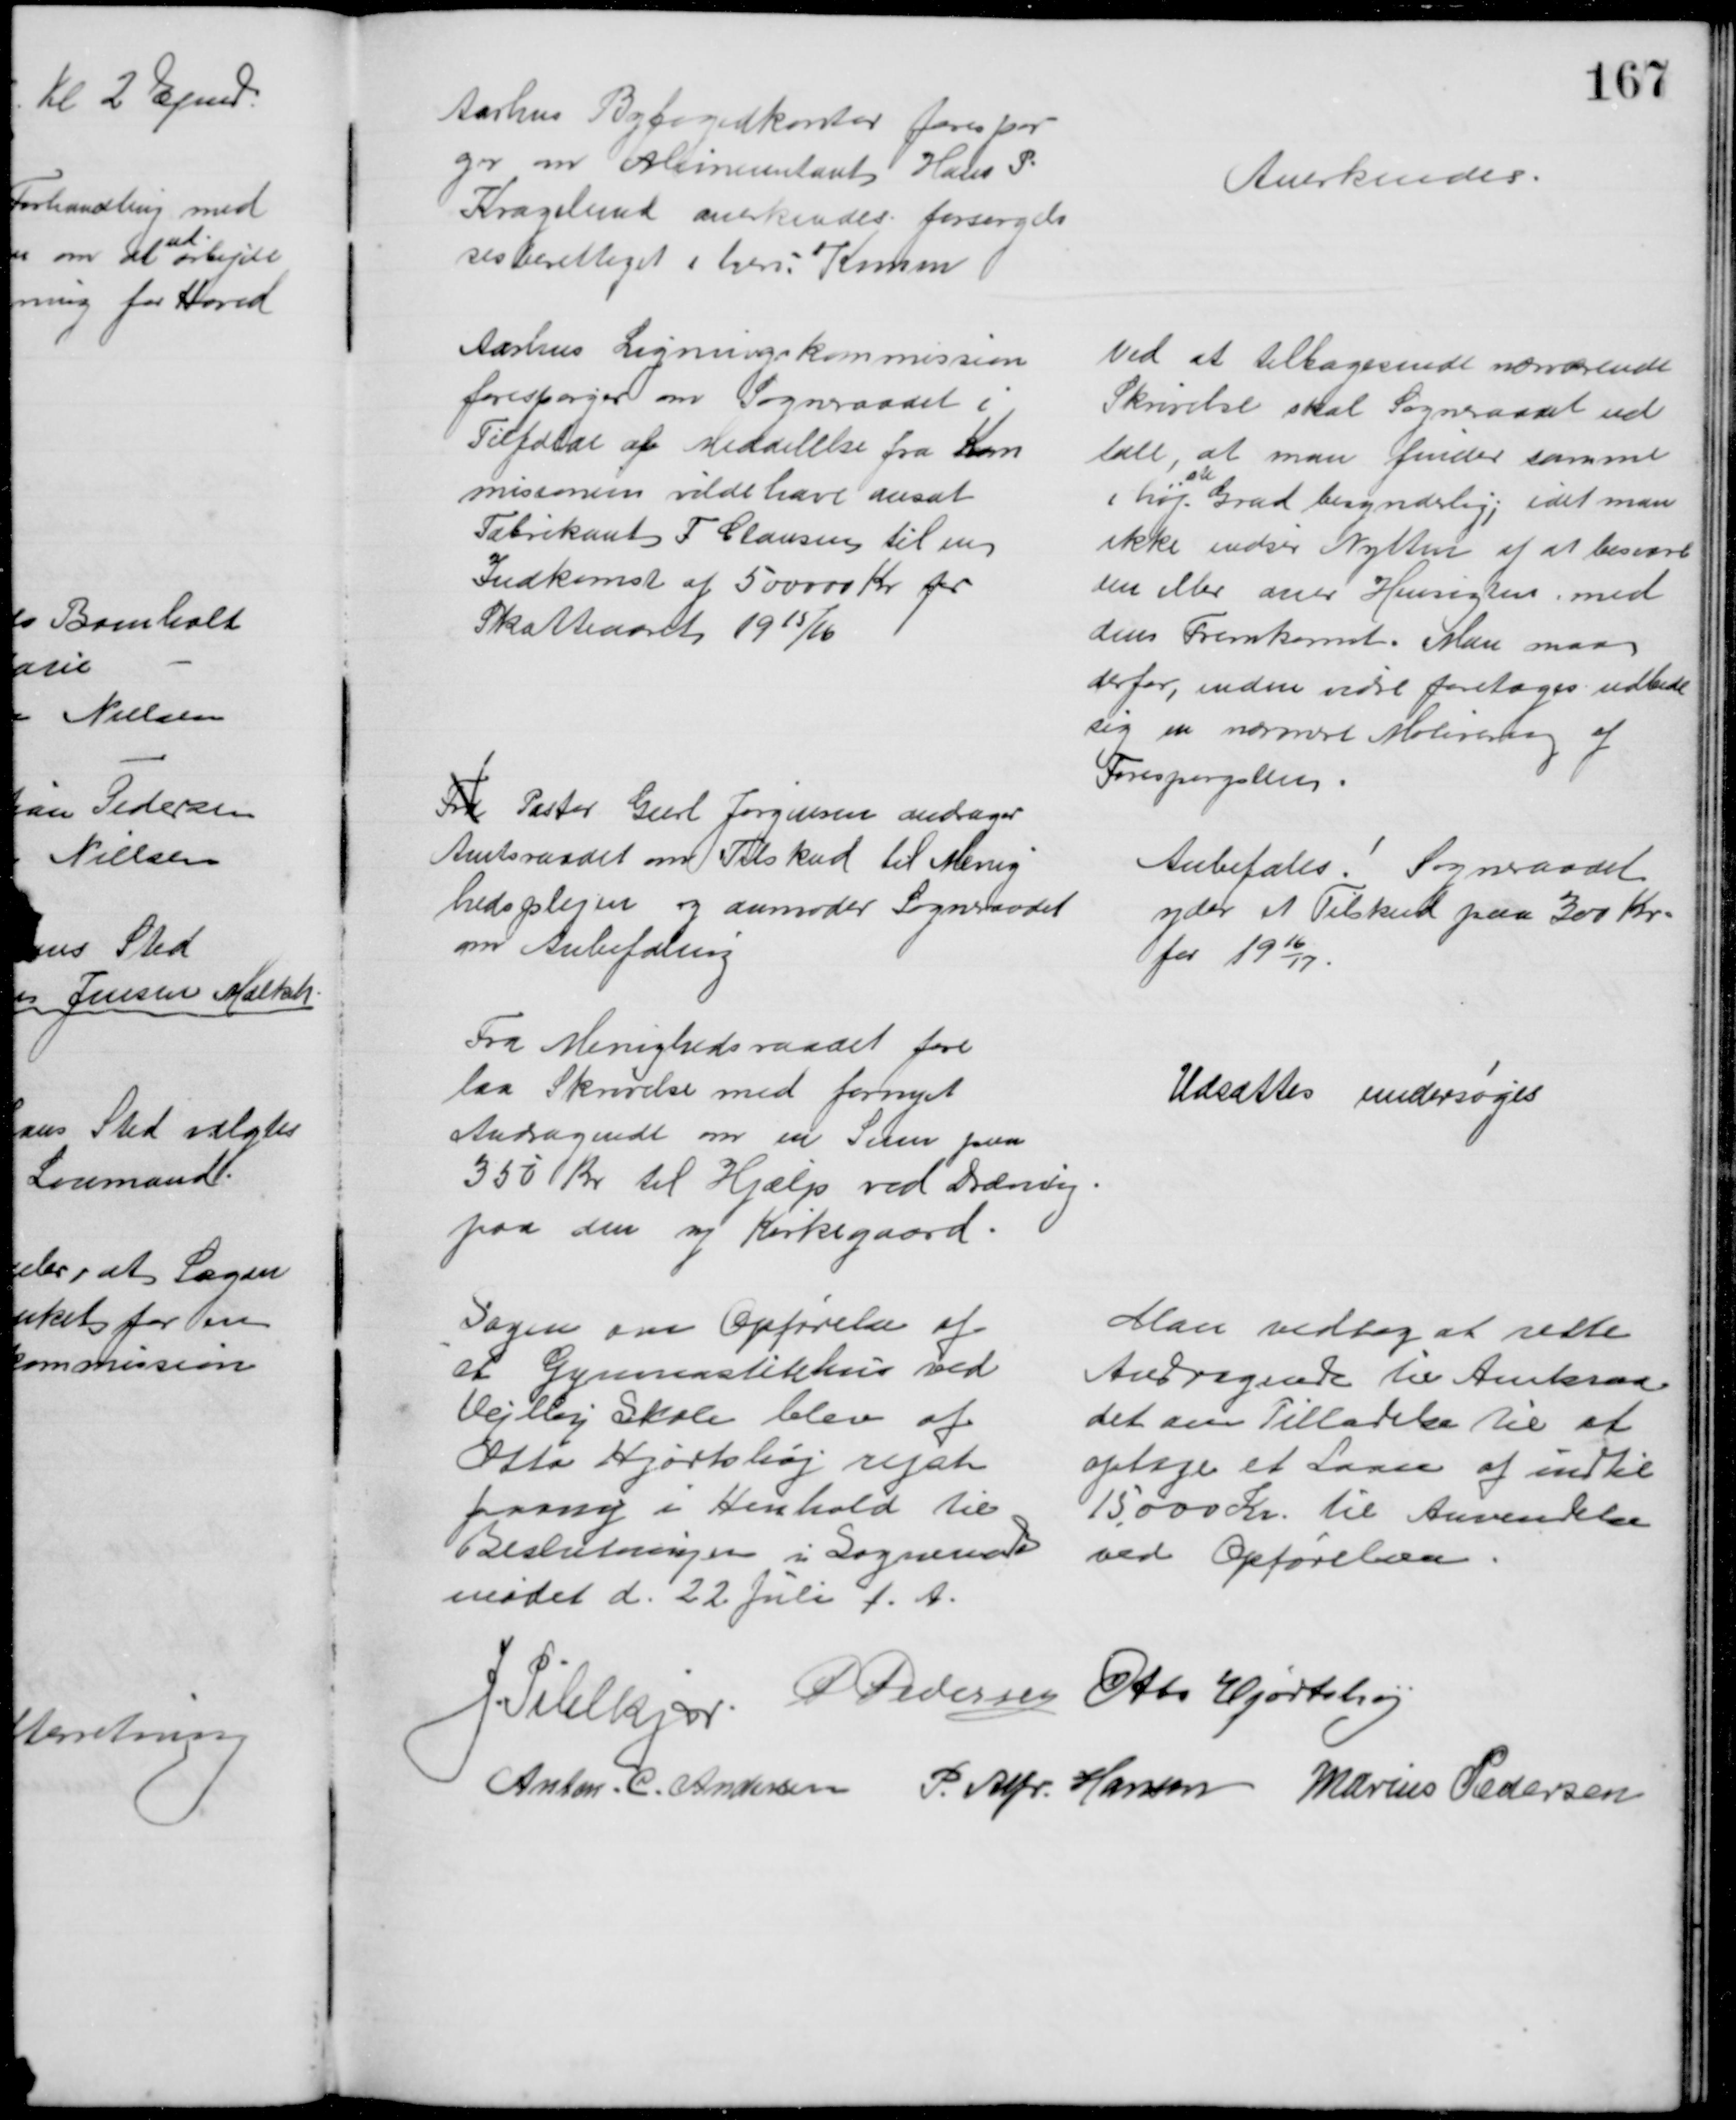
Transskription:
Aarhus Byfogedkontor forespør
ger om Alimentant Hans P.
Kragelund anerkendes forsørgels
sesberettiget i herv Komm
Anerkendes.
Aarhus Ligningskommission
forespørger om Sogneraadet i
Tilfælde af Meddelelse fra Kom
missionen vilde have ansat 
Fabrikant F Clausen til en
Indkomst af 500000 Kr for
Skatteaaret 1915/16
Ved at tilbagesende nærværende
Skrivelse skal Sogneraadet ud
tale, at man finder samme
i høj- 
ste
Grad besynderlig, idet man 
ikke indser Nytten af at besvare
den eller aner Hensigten med
dens Fremkomst. Man maa
derfor, inden vidre foretages udbede
sig en nærmere Molirering af
Forespørgslen
Fra Pastor Geert Jørgensen andrager
Amtsraadet om Tilskud til Menig
hedsplejen og anmoder Sogneraadet
om Anbefaling
Anbefales! Sogneraadet
yder et Tilskud paa 300 Kr.
for 1916/17.
Fra Menighedsraadet fore
laa Skrivelse med fornyet
Andragende om en Sum paa
350 Kr til Hjælp ved Dræning
paa den ny Kirkegaard.
Udsættes undersøges
Sagen om Opførelse af
et Gymnastikhus ved
Vejlby Skole blev af
Otto Hjortshøj rejst
paany i Henhold til
Beslutningen i Sogneraads
mødet d. 22 Juli d. A.
Man vedtog at rette
Andragende til Amtsraa=
det om Tilladelse til at 
optage et Laan af indtil
15,000 Kr. til Anvendelse
ved Opførelsen
J. Pihlkjær
P Pedersen
Otto Hjortshøj
Anton. C. Andersen P. Alfr. Hansen Marius Pedersen